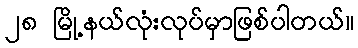
၂၈ မြို့နယ်လုံးလုပ်မှာဖြစ်ပါတယ်။